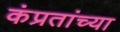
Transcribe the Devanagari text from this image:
कंप्रतांच्या